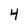
Character: 4